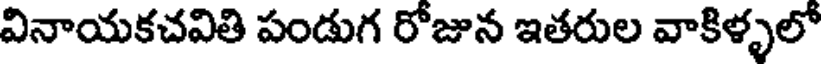
వినాయకచవితి పండుగ రోజున ఇతరుల వాకిళ్ళలో